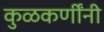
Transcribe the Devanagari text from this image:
कुळकर्णींनी